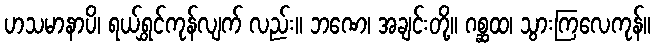
ဟသမာနာပိ၊ ရယ်ရွှင်ကုန်လျက် လည်း။ ဘဏေ၊ အချင်းတို့။ ဂစ္ဆထ၊ သွားကြလေကုန်။